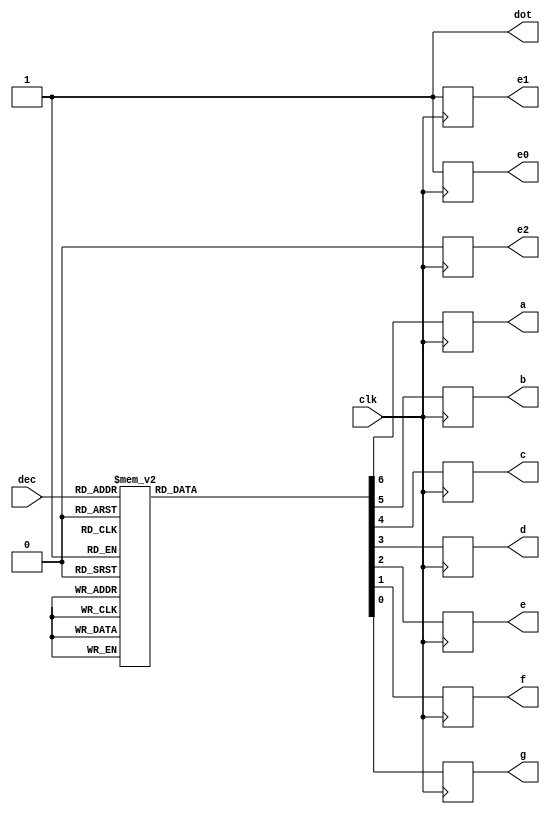
//code to use 7 segment display on Elbert Spartan 3A FPGA board
module display_7_converter(    
	 input [3:0] dec,                                  //decimal value input
	 input clk,                                        //clock to time operations
    output reg e0, e1, e2,                           //enable for chosing 7 segement display out of 3
	 output dot,                                       //to control dot on the 7 segment display
	 output reg a, b, c, d, e, f, g                    //7 segment display segments
    );
	
	assign dot = 1'b1;                                //keeping the dot off for this purpose

//7 segment display is is common anode hence high logic will turn off and low logic will turn on

	always@(posedge clk)
	begin
		{e0, e1, e2} = 3'b110;                           //selecting the first display
		{a, b, c, d, e, f, g} = ~7'd0;                   //to avoid unwanted latching
		case(dec)                                        //displaying based on decimal value
		4'd0 : {a, b, c, d, e, f, g} = ~7'b1111110;      
		4'd1 : {a, b, c, d, e, f, g} = ~7'b0110000;      //7 segment displays are common anode hence inverter ~
		4'd2 : {a, b, c, d, e, f, g} = ~7'b1101101;
		4'd3 : {a, b, c, d, e, f, g} = ~7'b1111001;
		4'd4 : {a, b, c, d, e,  f, g} = ~7'b0110011;
		4'd5 : {a, b, c, d, e, f, g} = ~7'b1011011;
		4'd6 : {a, b, c, d, e, f, g} = ~7'b1011111;
		4'd7 : {a, b, c, d, e, f, g} = ~7'b1110000;
		4'd8 : {a, b, c, d, e, f, g} = ~7'b1111111;
		4'd9 : {a, b, c, d, e, f, g} = ~7'b1111011;
		4'd10 : {a, b, c, d, e, f, g} = ~7'b1110111; //A
		4'd11 : {a, b, c, d, e, f, g} = ~7'b0011111; //b
		4'd12 : {a, b, c, d, e, f, g} = ~7'b1001110; //C
		4'd13 : {a, b, c, d, e, f, g} = ~7'b0111101; //d
		4'd14 : {a, b, c, d, e, f, g} = ~7'b1001111; //E
		4'd15 : {a, b, c, d, e, f, g} = ~7'b1000111; //F
		default : {a, b, c, d, e, f, g} = ~7'd0;          //to avoid unwated latching
		endcase
	end
endmodule